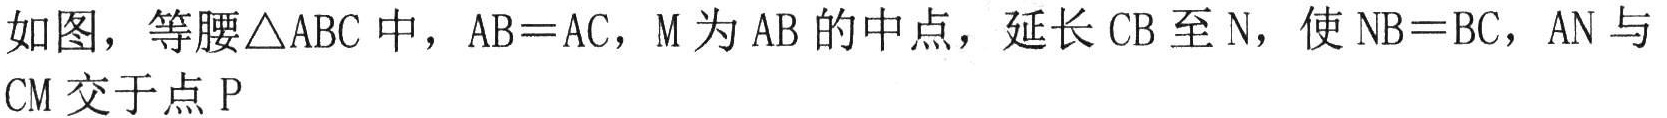
如图，等腰\(\triangle ABC\)中，\(AB = AC\)，\(M\)为\(AB\)的中点，延长\(CB\)至\(N\)，使\(NB = BC\)，\(AN\)与\(CM\)交于点\(P\)